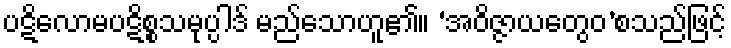
ပဋိလောမပဋိစ္စသမုပ္ပါဒ် မည်သောဟူ၏။ ‘အဝိဇ္ဇာယတွေဝ’စသည်ဖြင့်